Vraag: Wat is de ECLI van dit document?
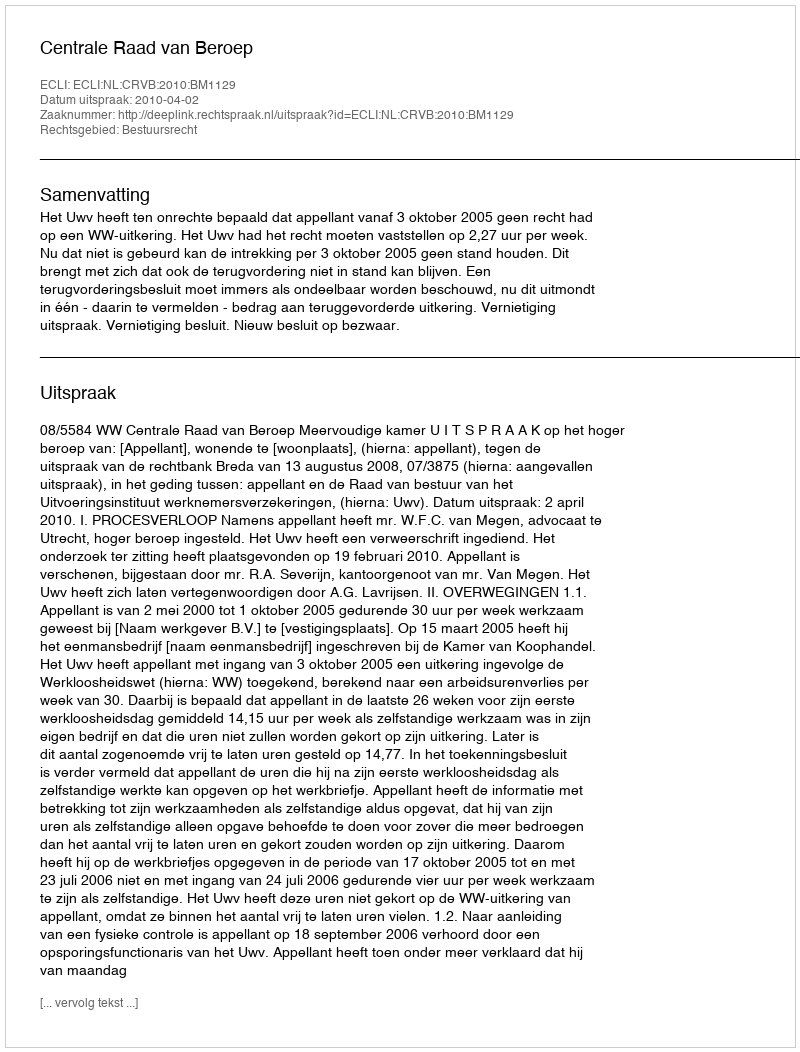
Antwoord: ECLI:NL:CRVB:2010:BM1129